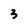
Character: 3